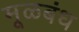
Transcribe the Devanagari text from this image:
मूळबंध